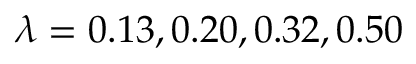
\lambda = 0 . 1 3 , 0 . 2 0 , 0 . 3 2 , 0 . 5 0